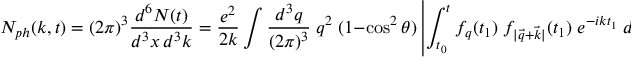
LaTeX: N _ { p h } ( k , t ) = ( 2 \pi ) ^ { 3 } \frac { d ^ { 6 } N ( t ) } { d ^ { 3 } x \, d ^ { 3 } k } = \frac { e ^ { 2 } } { 2 k } \int \frac { d ^ { 3 } q } { ( 2 \pi ) ^ { 3 } } \; q ^ { 2 } \; ( 1 - \cos ^ { 2 } \theta ) \left| \int _ { t _ { 0 } } ^ { t } f _ { q } ( t _ { 1 } ) \; f _ { | \vec { q } + \vec { k } | } ( t _ { 1 } ) \; e ^ { - i k t _ { 1 } } \; d t _ { 1 } \right| ^ { 2 }